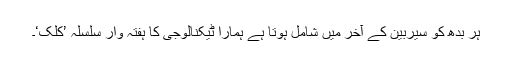
ہر بدھ کو سیربین کے آخر میں شامل ہوتا ہے ہمارا ٹیکنالوجی کا ہفتہ وار سلسلہ ’کلک‘۔